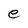
Character: e